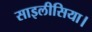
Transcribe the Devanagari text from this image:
साइलीसिया।